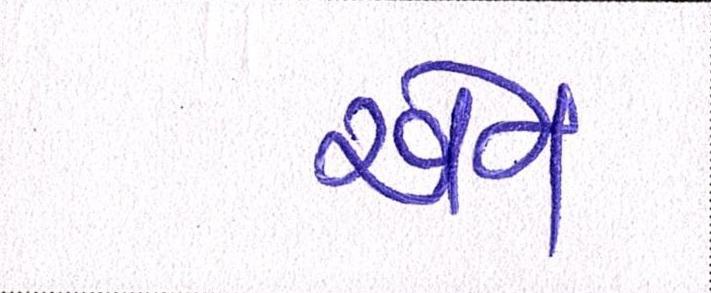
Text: એન